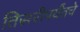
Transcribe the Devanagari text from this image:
तिसरीपर्यंतचे